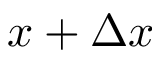
x + \Delta x